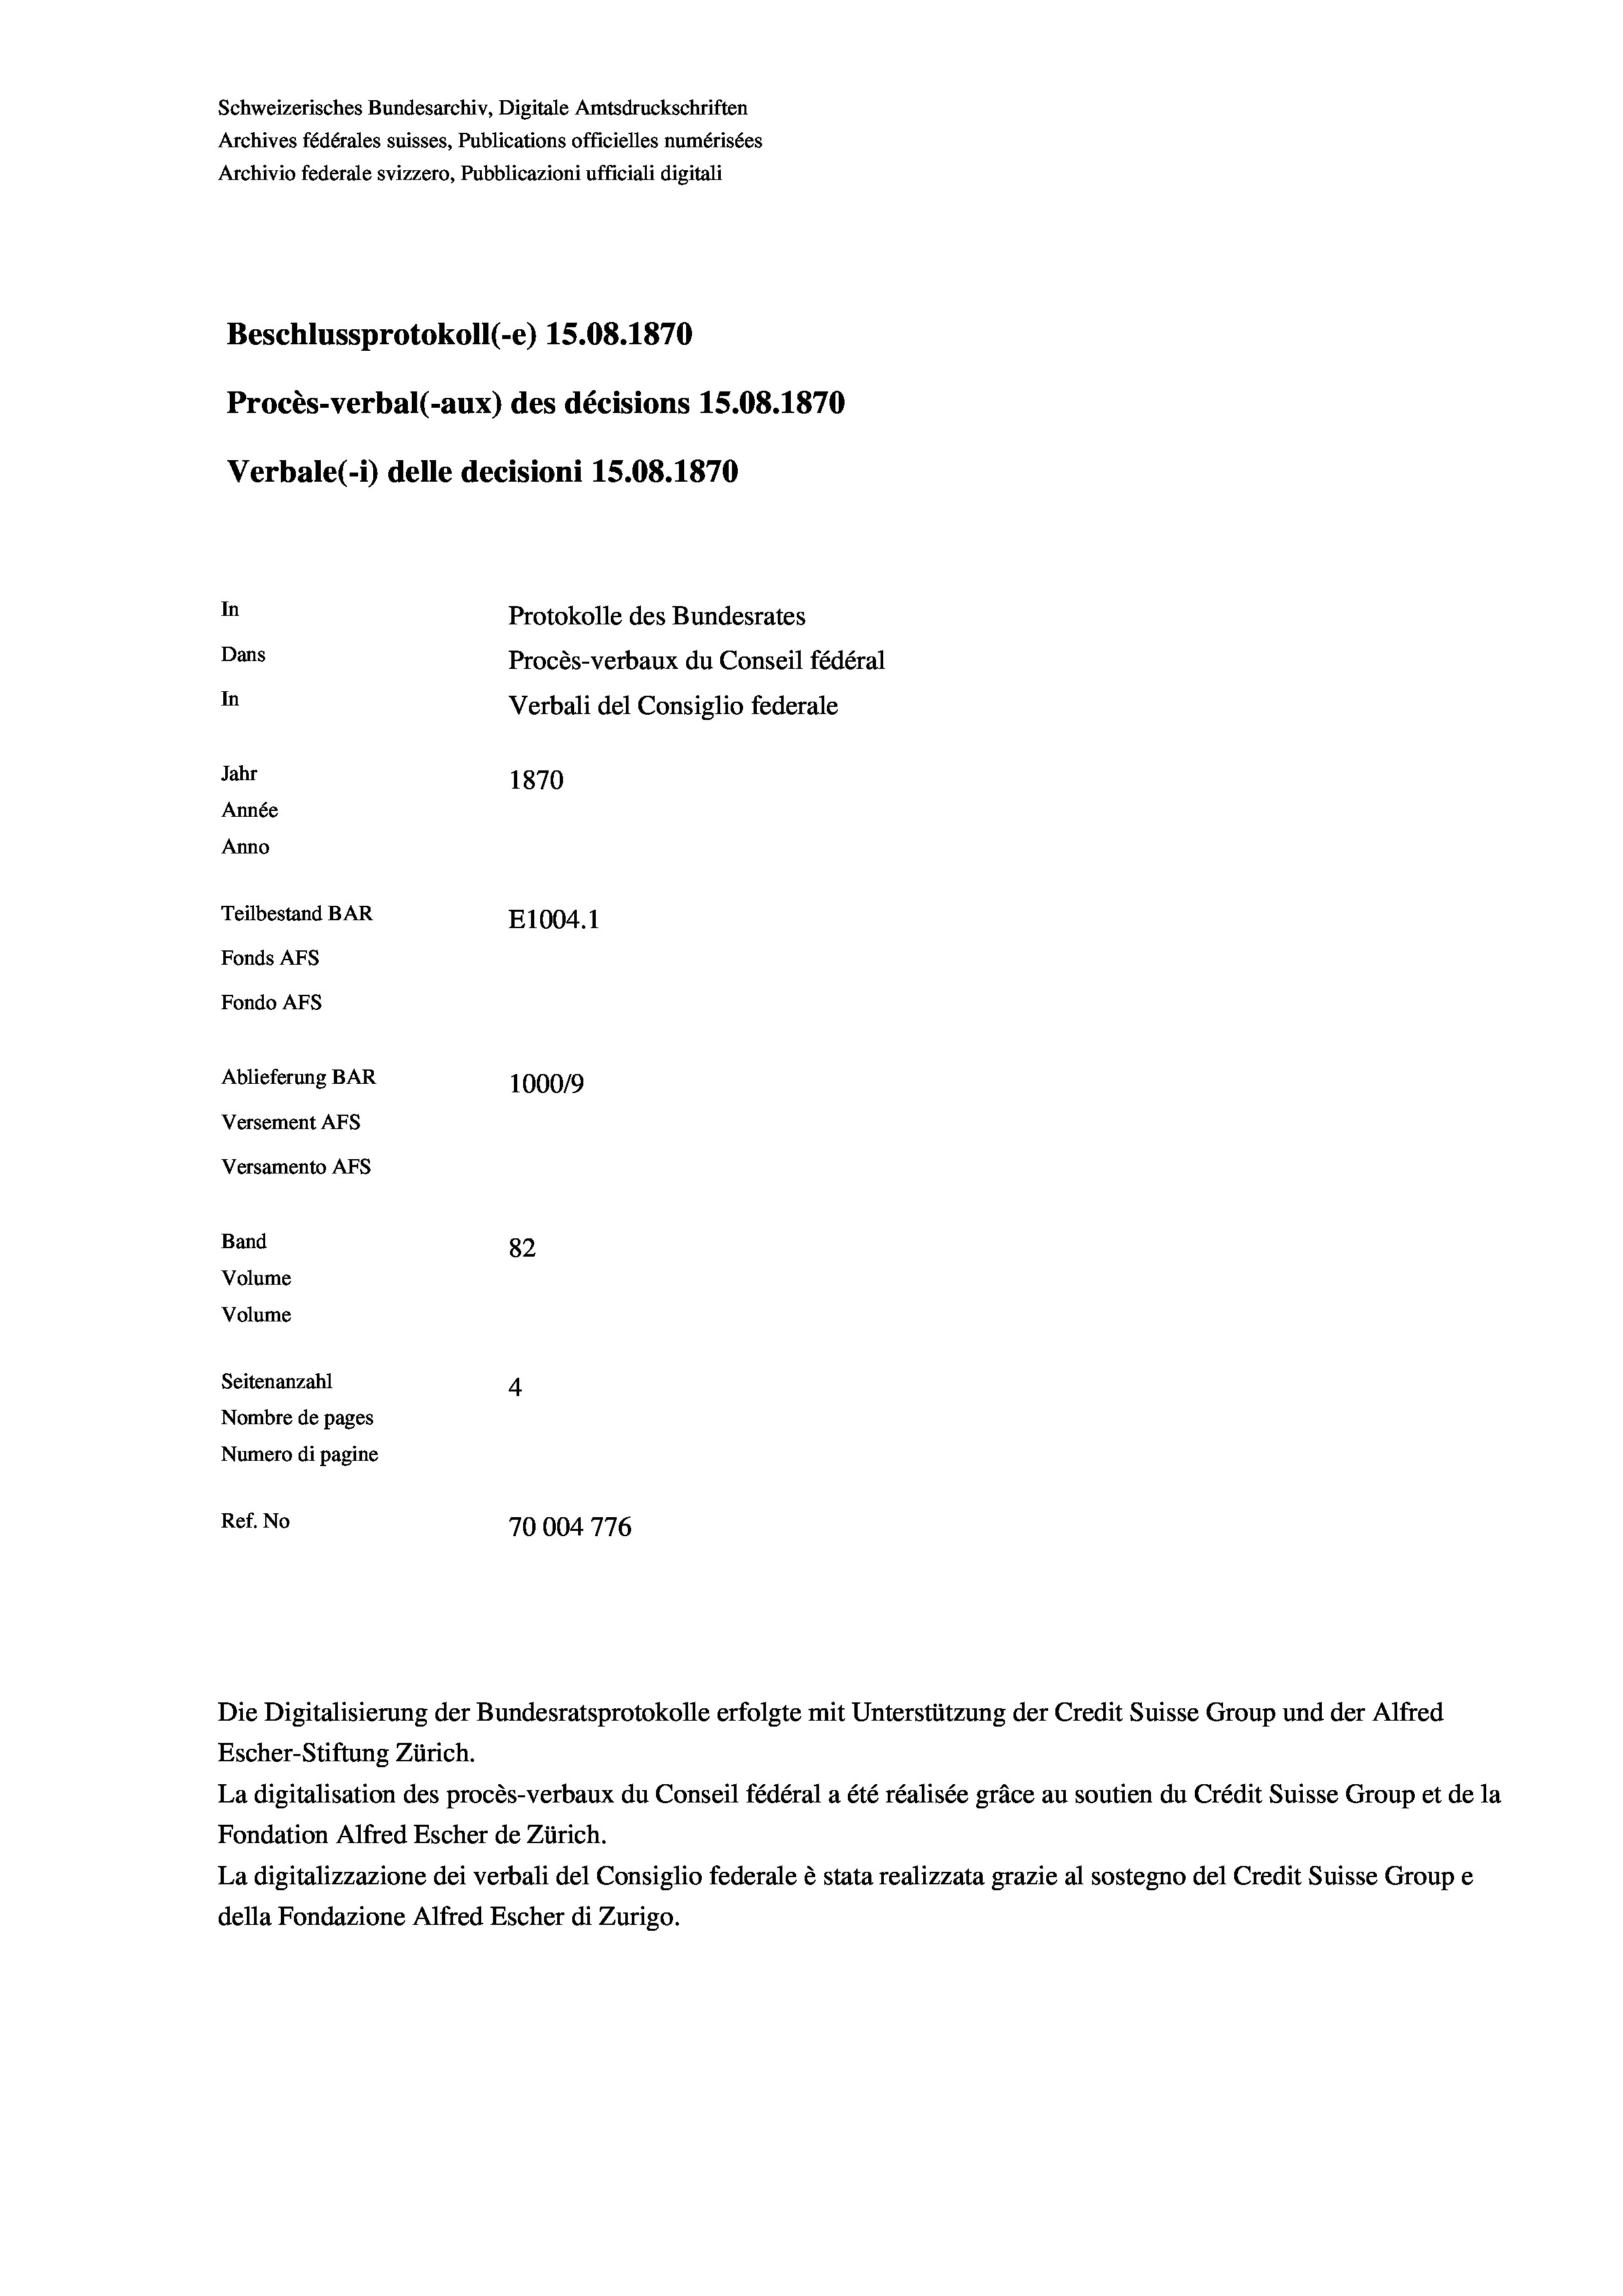
Schweizerisches Bundesarchiv, Digitale Amtsdruckschriften
Archives fédérales suisses, Publications officielles numérisées
Archivio federale svizzero, Pubblicazioni ufficiali digitali
Beschlussprotokoll (-e) 15.08. 1870
Procès-verbal (-aux) des décisions 15.08.1870
Verbale(-*) delle decisioni 15.08. 1870
In
Protokolle des Bundesrates
Dans
Procès-verbaux du Conseil fédéral
In
Jahr
1870
Année
Anno
Teilbestand BAR
E1004.1
Fonds AFs
Fondo AFs
Ablieferung BAR
1000/9
Versement AFS
Versamento Afs
Band
82
Volume
Volume
Seitenanzahl
4
Nombre de pages
Numero di pagine
Ref. No
70004 776

Verbali del Consiglio federale

Escher-Stiftung Zürich.
La digitalisation des procès-verbaux du Conseil fédéral a été réalisée gräce au soutien du Crédit Suisse Group et de la
Fondation Alfred Escher de Zürich.
La digitalizzazione dei verbali del Consiglio federale è stata realizzata grazie al sostegno del Credit Suisse Groupe
della Fondazione Alfred Escher di Zurigo.

Die Digitalisierung der Bundesratsprotokolle erfolgte mit Unterstützung der Credit Suisse Group und der Alfred